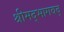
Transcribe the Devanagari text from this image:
श्रीमद्भागवद्